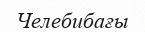
Челебибағы